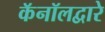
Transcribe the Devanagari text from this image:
कॅनॉलद्वारे